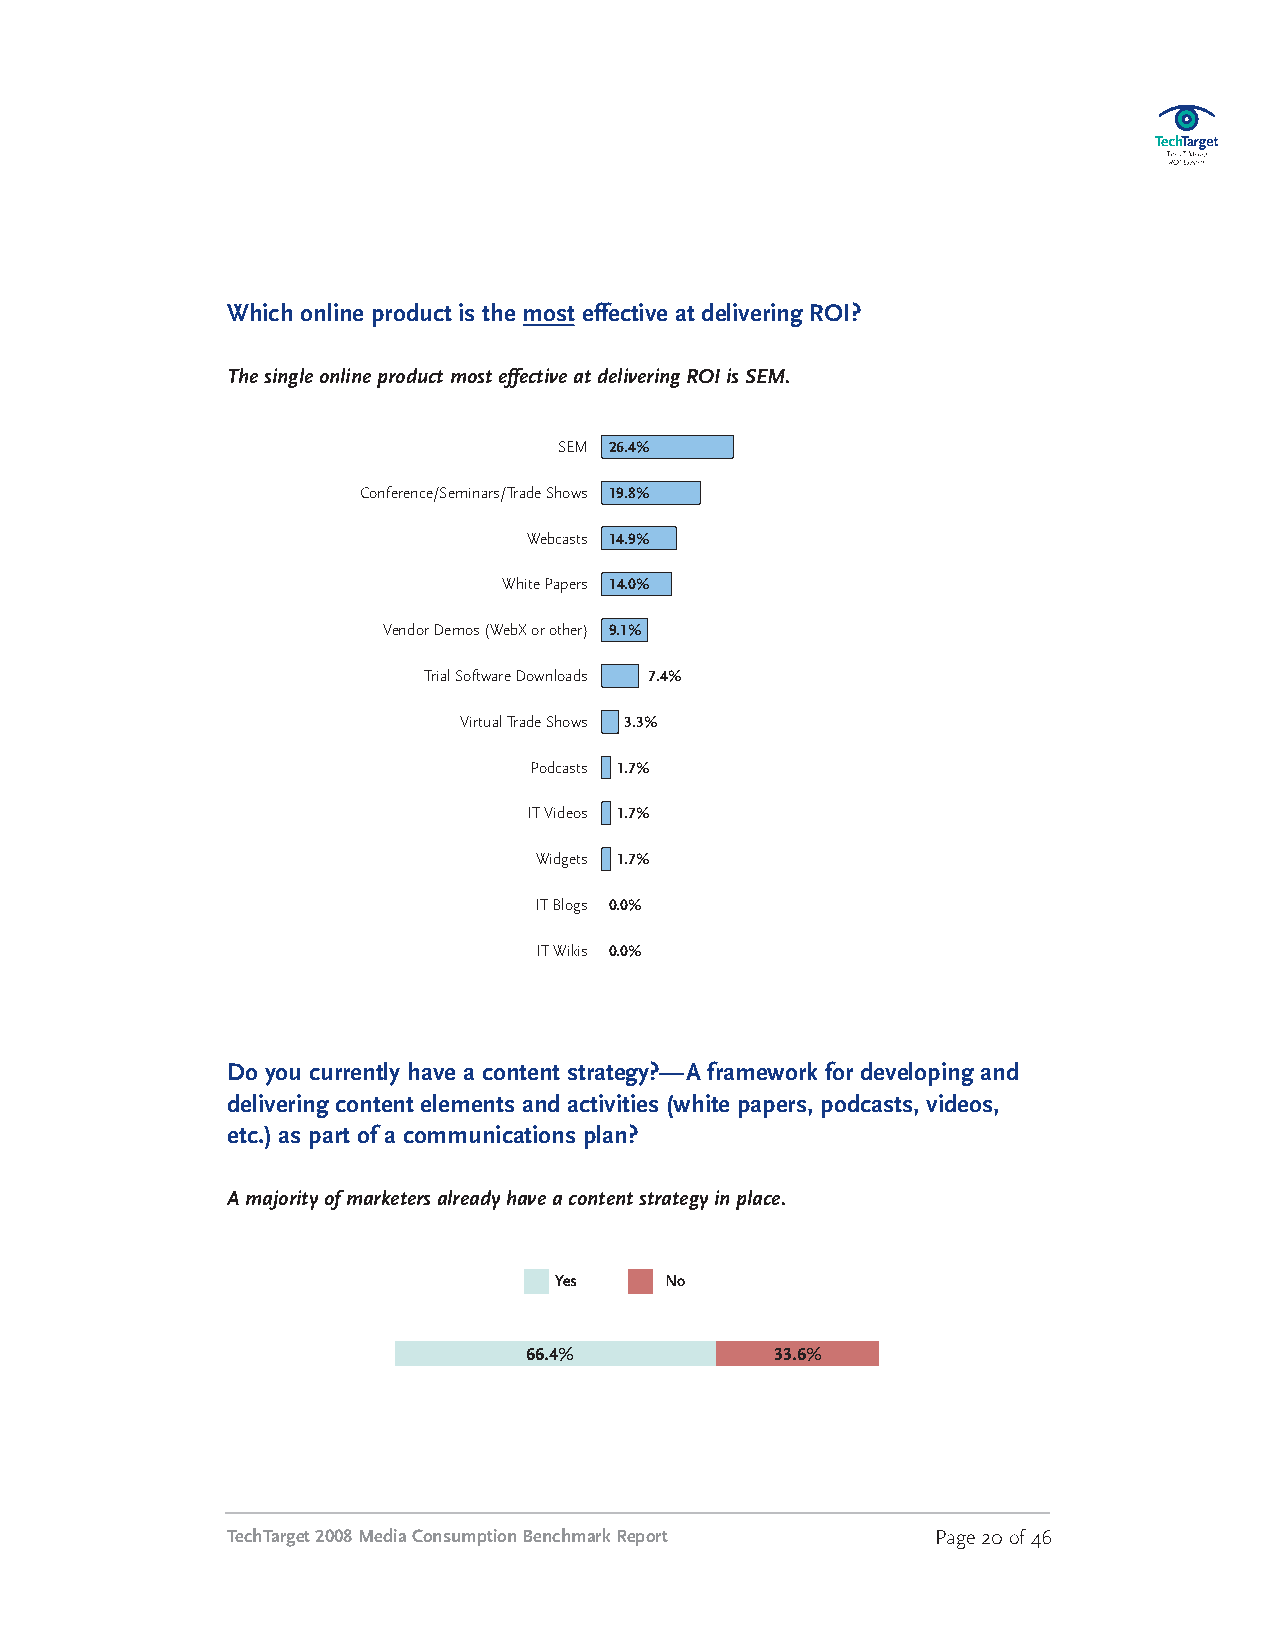
Which online product is the most effective at delivering ROI?
 ThesingleonlineproductmosteffectiveatdeliveringROIisSEM.
 SEM 26.4%
 Conference/Seminars/TradeShows 19.8%
 Webcasts 14.9%
 White Papers 14.0%
 VendorDemos(WebXorother) 9.1%
 Trial SoftwareDownloads 7.4%
 VirtualTradeShows 3.3%
 Podcasts 1.7%
 ITVideos 1.7%
 Widgets 1.7%
 ITBlogs 0.0%
 ITWikis 0.0%
 Do you currently have a content strategy?—A framework for developing and
 delivering content elements and activities (white papers, podcasts, videos,
 etc.) as part of a communications plan?
 Amajorityofmarketersalreadyhaveacontentstrategyinplace.
 Yes    No
 66.4%           33.6%
 TechTarget2008MediaConsumptionBenchmarkReport  Page20of46
 0